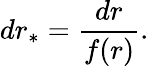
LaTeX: dr_{*}=\frac{dr}{f(r)}.